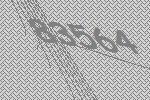
83564